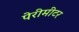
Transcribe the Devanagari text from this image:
पेरीमीटर